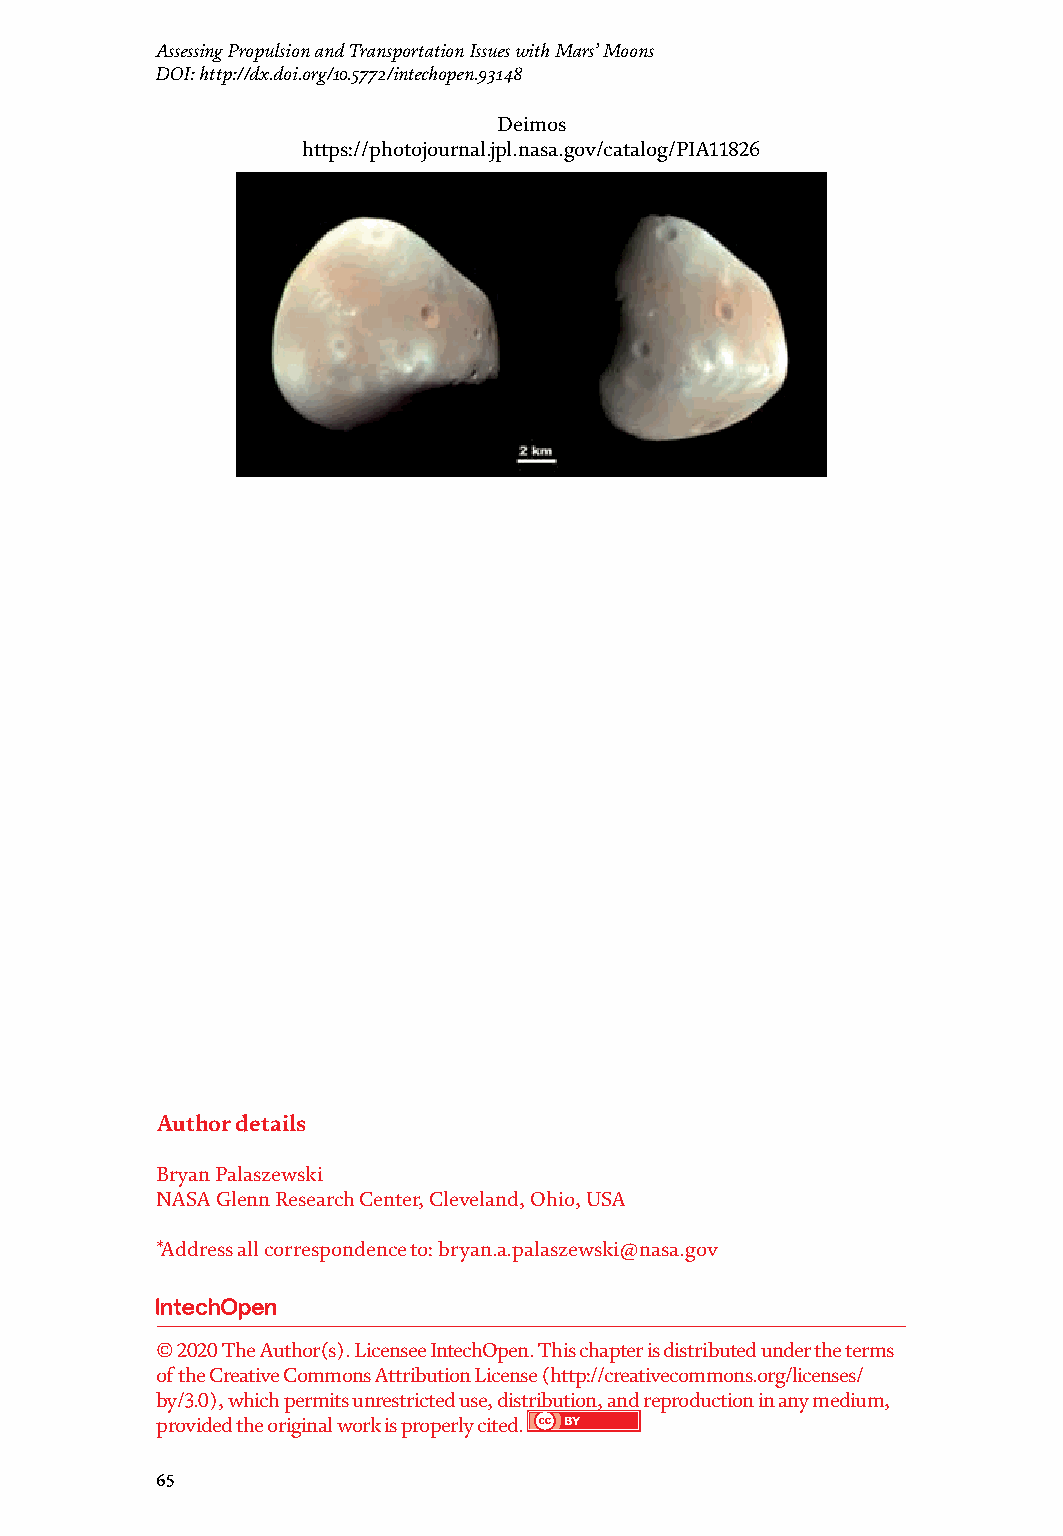
Mars Exploration - A Step Forward Assessing Propulsion and Transportation Issues with Mars’ Moons
 DOI: http://dx.doi.org/10.5772/intechopen.93148
 gravity factory will likely be needed to maintain the water and propellant Deimos
 processing quality. https://photojournal.jpl.nasa.gov/catalog/PIA11826
 Nomenclature
 a acceleration of gravity
 delta-V velocity change
 g gravity level (compared to Earth)
 GLOW gross liftoff weight
 H hydrogen
 2
 ISRU in situ resource utilization
 LMO low Mars orbit
 m, p propellant mass
 m, pl payload mass
 O /H oxygen/hydrogen
 2 2
 SSTO single stage to orbit
 Appendix A: Phobos and Deimos
 Phobos
 https://nssdc.gsfc.nasa.gov/imgcat/html/object_page/vo1_357a64.html
 Phobos
 Author details
 Bryan Palaszewski
 NASA Glenn Research Center, Cleveland, Ohio, USA
 *Address all correspondence to: bryan.a.palaszewski@nasa.gov
 © 2020 The Author(s). Licensee IntechOpen. This chapter is distributed under the terms
 of the Creative Commons Attribution License (http://creativecommons.org/licenses/
 by/3.0), which permits unrestricted use, distribution, and reproduction in any medium,
 provided the original work is properly cited.
 64        65